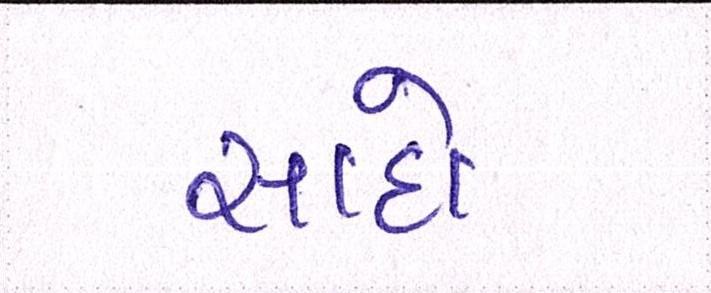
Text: સાદો